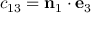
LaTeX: c _ { 1 3 } = \mathbf { n } _ { 1 } \cdot \mathbf { e } _ { 3 }